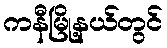
ကနီမြို့နယ်တွင်